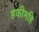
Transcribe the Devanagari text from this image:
हकीमहि